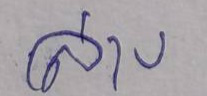
ล่าง